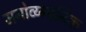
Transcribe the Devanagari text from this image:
मनोव्य्ग्यनिक